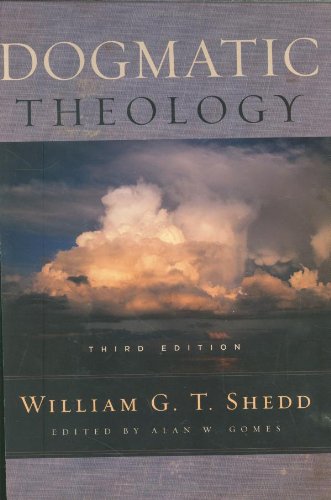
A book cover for Dogmatic Theology; William Greenough Thaye Shedd; Christian Books & Bibles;